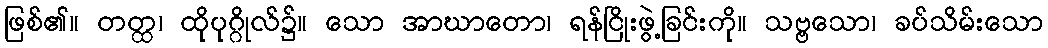
ဖြစ်၏။ တတ္ထ၊ ထိုပုဂ္ဂိုလ်၌။ သော အာဃာတော၊ ရန်ငြိုးဖွဲ့ခြင်းကို။ သဗ္ဗသော၊ ခပ်သိမ်းသော